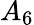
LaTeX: A_{6}